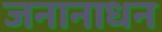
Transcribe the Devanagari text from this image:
जनानाधन